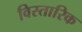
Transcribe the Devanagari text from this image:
विस्तारिक